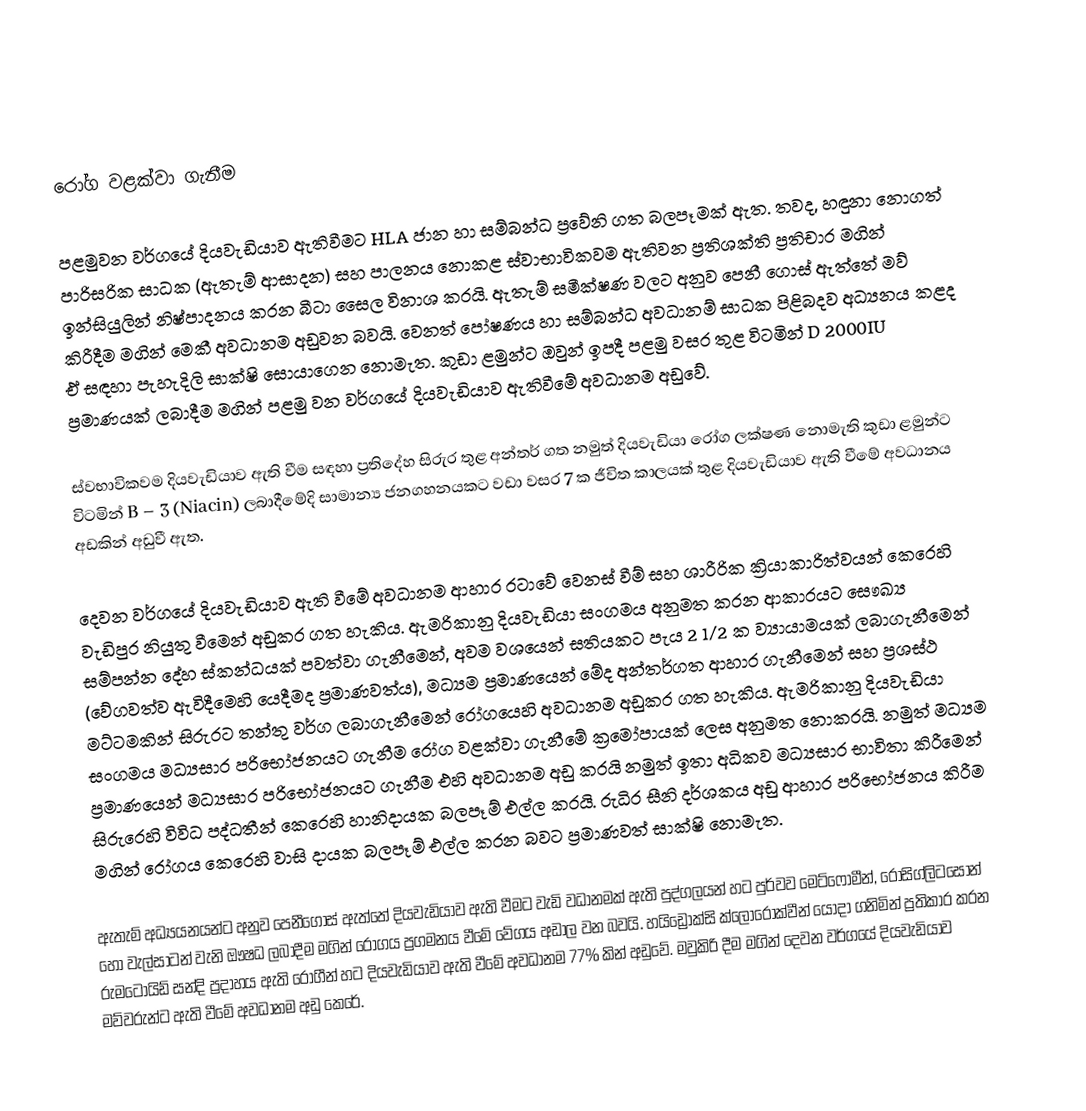

රෝග වළක්වා ගැනීම

පළමුවන වර්ගයේ දියවැඩියාව ඇතිවීමට HLA ජාන හා සම්බන්ධ ප්‍රවේනි ගත බලපෑමක් ඇත. තවද, හඳුනා නොගත් පාරිසරික සාධක (ඇතැම් ආසාදන) සහ පාලනය නොකළ ස්වාභාවිකවම ඇතිවන ප්‍රතිශක්ති ප්‍රතිචාර මගින් ඉන්සියුලින් නිෂ්පාදනය කරන බීටා සෛල විනාශ කරයි. ඇතැම් සමීක්ෂණ වලට අනුව පෙනී ගො‍ස් ඇත්තේ මව් කිරීදීම මගින් මෙකී අවධානම අඩුවන බවයි. වෙනත් පෝෂණය හා සම්බන්ධ අවධානම් සාධක පිළිබදව අධ්‍යනය කළද ඒ සඳහා පැහැදිලි සාක්ෂි සො‍යාගෙන නොමැත. කුඩා ළමුන්ට ඔවුන් ඉපදී පළමු වසර තුළ විටමින් D 2000IU ප්‍රමාණයක් ලබාදීම මගින් පළමු වන වර්ගයේ දියවැඩියාව ඇතිවීමේ අවධානම අඩුවේ.

ස්වභාවිකවම දියවැඩියාව ඇති වීම සඳහා ප්‍රතිදේහ සිරුර තුළ අන්තර් ගත නමුත් දියවැඩියා රෝග ලක්ෂණ නොමැති කුඩා ළමුන්ට විටමින් B – 3 (Niacin) ලබාදීමේදි සාමාන්‍ය ජනගහනයකට වඩා වසර 7 ක ජීවිත කාලයක් තුළ දියවැඩියාව ඇති වීමේ අවධානය අඩකින් අඩුවී ඇත.

දෙවන වර්ගයේ දියවැඩියාව ඇති වීමේ අවධානම ආහාර රටාවේ වෙනස් වීම් සහ ශාරීරික ක්‍රියාකාරිත්වයන් කෙරෙහි වැඩිපුර නියුතු වීමෙන් අඩුකර ගත හැකිය.  ඇමරිකානු දියවැඩියා සංගමය අනුමත කරන ආකාරයට සෞඛ්‍ය සම්පන්න දේහ ස්කන්ධයක් පවත්වා ගැනීමෙන්, අවම වශයෙන් සතියකට පැය 2 1/2 ක ව්‍යායාමයක් ලබාගැනීමෙන් (වේගවත්ව ඇවිදීමෙහි යෙදීමද ප්‍රමාණවත්ය), මධ්‍යම ප්‍රමාණයෙන් මේද අන්තර්ගත ආහාර ගැනීමෙන් සහ ප්‍රශස්ථ මට්ටමකින් සිරුරට තන්තු වර්ග ලබාගැනීමෙන් රෝගයෙහි අවධානම අඩුකර ගත හැකිය. ඇමරිකානු දියවැඩියා සංගමය මධ්‍යසාර පරිභෝජනයට ගැනීම රෝග වළක්වා ගැනීමේ ක්‍රමෝපායක් ලෙස අනුමත නොකරයි. නමුත් මධ්‍යම ප්‍රමාණයෙන් මධ්‍යසාර පරිභෝජනයට ගැනීම එහි අවධානම අඩු කරයි නමුත් ඉතා අධිකව මධ්‍යසාර භාවිතා කිරීමෙන් සිරුරෙහි විවිධ පද්ධතීන් කෙරෙහි හානිදායක බලපෑම් එල්ල කරයි.  රුධිර සීනි දර්ශකය අඩු ආහාර පරිභෝජනය කිරීම මගින් රෝගය කෙරෙහි වාසි දායක බලපෑම් එල්ල කරන බවට ප්‍රමාණවත් සාක්ෂි නොමැත.

ඇතැම් අධ්‍යයනයන්ට අනුව පෙනීගොස් ඇත්තේ දියවැඩියාව ඇති වීමට වැඩි වධානමක් ඇති පුද්ගලයන් හට පුර්වව මෙට්ෆෝමීන්, රෝසිග්ලිටසෝන් හෝ වැල්සාටන් වැනි ඖෂධ ලබාදීම මගින් රෝගය ප්‍රගමනය වීමේ වේගය අඩාල වන බවයි. හයිඩ්‍රෝක්සි ක්ලෝරෝක්වීන් යොදා ගනිමින් ප්‍රතිකාර කරන රුමටොයිඩ් සන්දි ප්‍රදාහය ඇති රෝගීන් හට දියවැඩියාව ඇති වීමේ අවධානම 77% කින් අඩුවේ. මවුකිරි දීම මගින් දෙවන වර්ගයේ දියවැඩියාව මව්වරුන්ට  ඇති වීමේ අවධානම අඩු කෙරේ.